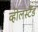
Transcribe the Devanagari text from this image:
व्हीलस्टैंड